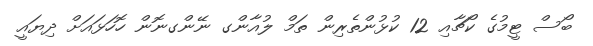
ބޯސް ޓީމުގެ ކޯޗާއި 12 ކުޅުންތެރިން ތަމް ލުއާންގ ނޭންގނޮން ހޮހަޅައަށް ދިޔައީ